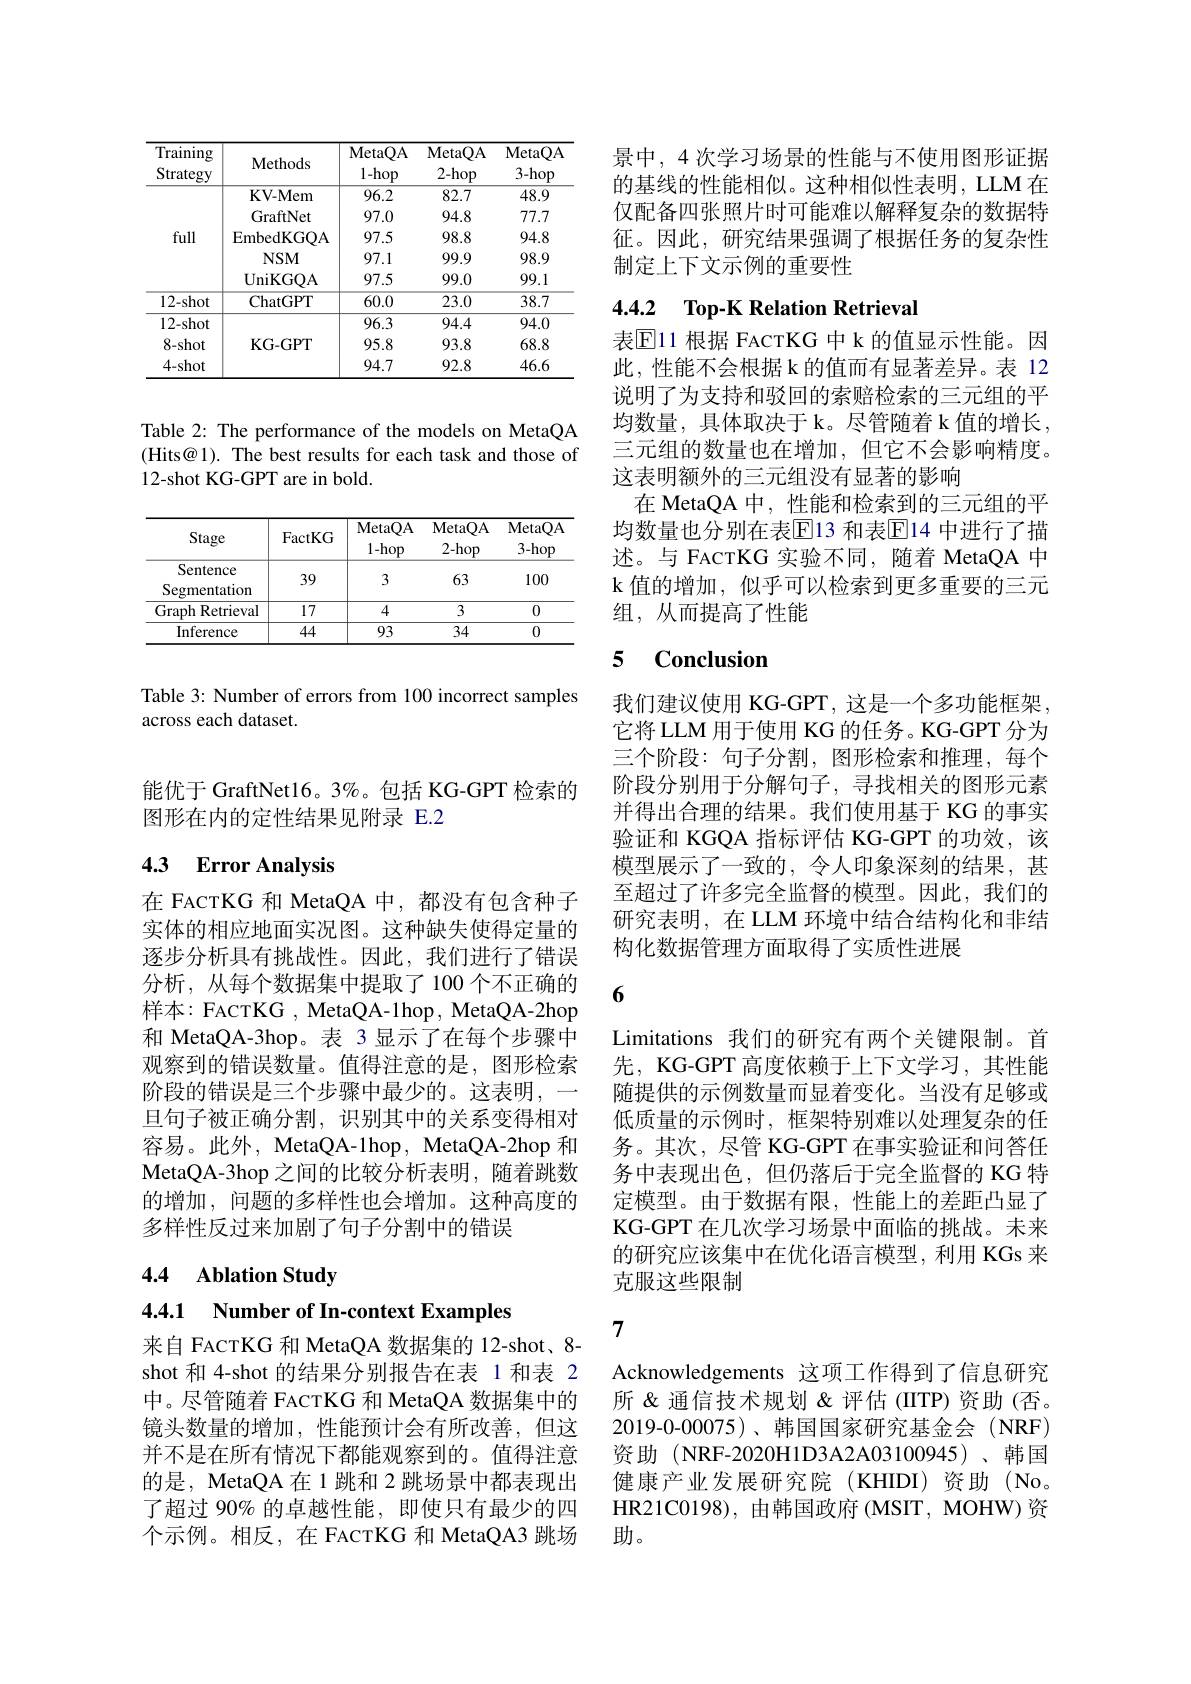
<table>
	<tbody>
		<tr>
			<th>Training Strategy</th>
			<th>Methods</th>
			<th>MetaQA 1-hop</th>
			<th>MetaQA 2-hop</th>
			<th>MetaQA $3-hop$</th>
		</tr>
		<tr>
			<td rowspan="5">full</td>
			<td>$\mathbf{KV-Mem}$</td>
			<td>96.2</td>
			<td>82.7</td>
			<td>48.9</td>
		</tr>
		<tr>
			<td>GraftNet</td>
			<td>97.0</td>
			<td>94.8</td>
			<td>77.7</td>
		</tr>
		<tr>
			<td>EmbedKGOA</td>
			<td>97.5</td>
			<td>98.8</td>
			<td>94.8</td>
		</tr>
		<tr>
			<td>$NSM$</td>
			<td>97.1</td>
			<td>99.9</td>
			<td>98.9</td>
		</tr>
		<tr>
			<td>UniKGQA</td>
			<td>97.5</td>
			<td>99.0</td>
			<td>99.1</td>
		</tr>
		<tr>
			<td>12-shot</td>
			<td>ChatGPT</td>
			<td>60.0</td>
			<td>23.0</td>
			<td>38.7</td>
		</tr>
		<tr>
			<td>12-shot</td>
			<td rowspan="3">KG- GPT</td>
			<td>96.3</td>
			<td>94.4</td>
			<td>94.0</td>
		</tr>
		<tr>
			<td>$8-shot$</td>
			<td>95.8</td>
			<td>93.8</td>
			<td>68.8</td>
		</tr>
		<tr>
			<td>4-shot</td>
			<td>94.7</td>
			<td>92.8</td>
			<td>46.6</td>
		</tr>
	</tbody>
</table>

Table 2: The performance of the models on MetaQA (Hits@ 1). The best results for each task and those of 12-shot KG-GPT are in bold.

<table>
	<tbody>
		<tr>
			<th>Stage</th>
			<th>FactKG</th>
			<th>MetaQA 1-hop</th>
			<th>MetaQA 2-hop</th>
			<th>MetaQA $3-hop$</th>
		</tr>
		<tr>
			<td>Sentence Segmentation</td>
			<td>39</td>
			<td>3</td>
			<td>63</td>
			<td>100</td>
		</tr>
		<tr>
			<td>Graph Retrieval</td>
			<td>17</td>
			<td>4</td>
			<td>3</td>
			<td>0</td>
		</tr>
		<tr>
			<td>Inference</td>
			<td>44</td>
			<td>93</td>
			<td>34</td>
			<td>0</td>
		</tr>
	</tbody>
</table>

Table 3: Number of errors from 100 incorrect samples
across each dataset.

能优于 GraftNet16。3%。包括 KG-GPT 检索的
图形在内的定性结果见附录 E.2

## 4.3 $\textbf{Error Analysis}$

在 FACTKG 和 MetaQA 中，都没有包含种子实体的相应地面实况图。这种缺失使得定量的逐步分析具有挑战性。因此，我们进行了错误分析，从每个数据集中提取了100个不正确的样本：FACTKG , MetaQA-1hop, MetaQA-2hop 和 MetaQA-3hop。表 3 显示了在每个步骤中观察到的错误数量。值得注意的是，图形检索阶段的错误是三个步骤中最少的。这表明，一旦句子被正确分割，识别其中的关系变得相对容易。此外，MetaQA-1hop, MetaQA-2hop 和MetaQA- 3hop之间的比较分析表明，随着跳数的增加，问题的多样性也会增加。这种高度的多样性反过来加剧了句子分割中的错误

## 4.4 Ablation Study

4.4.1 $\textbf{Number of In- context Examples}$

来自 FACTKG 和 MetaQA 数据集的 12-shot、8- shot 和 4-shot 的结果分别报告在表 1 和表 2中。尽管随着 FACTKG 和 MetaQA 数据集中的镜头数量的增加，性能预计会有所改善，但这并不是在所有情况下都能观察到的。值得注意的是，MetaQA 在 1 跳和 2 跳场景中都表现出了超过 90% 的卓越性能，即使只有最少的四个示例。相反，在 FACTKG 和 MetaQA3 跳场

景中，4 次学习场景的性能与不使用图形证据的基线的性能相似。这种相似性表明，LLM 在仅配备四张照片时可能难以解释复杂的数据特征。因此，研究结果强调了根据任务的复杂性制定上下文示例的重要性

### 4.4.2 Top-K Relation Retrieval

表$\operatorname{E}$11 根据 FACTKG 中 k 的值显示性能。因此，性能不会根据 k 的值而有显著差异。表 12说明了为支持和驳回的索赔检索的三元组的平均数量，具体取决于 k。尽管随着 k 值的增长， 三元组的数量也在增加，但它不会影响精度。这表明额外的三元组没有显著的影响
在 MetaQA 中，性能和检索到的三元组的平均数量也分别在表$\overline{\mathbb{E}}$13 和表$\overline{\mathbb{E}}$14 中进行了描述。与 FACTKG 实验不同，随着 MetaQA 中k 值的增加，似乎可以检索到更多重要的三元组，从而提高了性能

### 5 $\mathbf{Conclusion}$

我们建议使用 KG-GPT, 这是一个多功能框架， 它将 LLM 用于使用 KG 的任务。KG-GPT 分为三个阶段：句子分割，图形检索和推理，每个阶段分别用于分解句子，寻找相关的图形元素并得出合理的结果。我们使用基于 KG 的事实验证和 KGQA 指标评估 KG-GPT 的功效，该模型展示了一致的，令人印象深刻的结果，甚至超过了许多完全监督的模型。因此，我们的研究表明，在 LLM 环境中结合结构化和非结构化数据管理方面取得了实质性进展

6

Limitations 我们的研究有两个关键限制。首先，KG-GPT 高度依赖于上下文学习，其性能随提供的示例数量而显着变化。当没有足够或低质量的示例时，框架特别难以处理复杂的任务。其次，尽管 KG-GPT 在事实验证和问答任务中表现出色，但仍落后于完全监督的 KG 特定模型。由于数据有限，性能上的差距凸显了KG-GPT 在几次学习场景中面临的挑战。未来的研究应该集中在优化语言模型，利用 KGs 来克服这些限制

7

Acknowledgements 这项工作得到了信息研究所&通信技术规划&评估(IITP)资助(否。2019-0-00075)、韩国国家研究基金会(NRF) 资助(NRF-2020H1D3A2A03100945)、韩国健康产业发展研究院(KHIDI)资助(No。HR21C0198), 由韩国政府 (MSIT, MOHW) 资助。